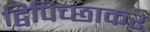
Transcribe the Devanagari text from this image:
द्विपिच्छाकर